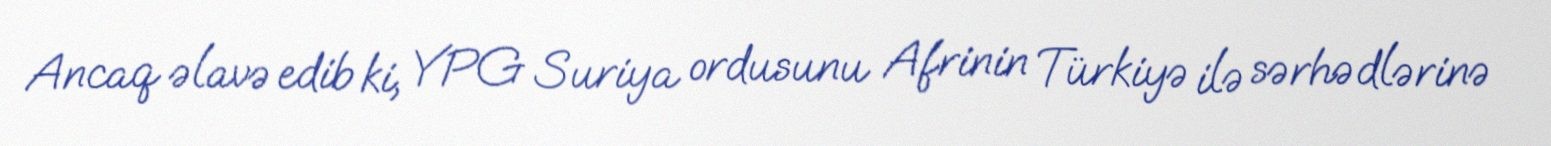
Ancaq əlavə edib ki, YPG Suriya ordusunu Afrinin Türkiyə ilə sərhədlərinə